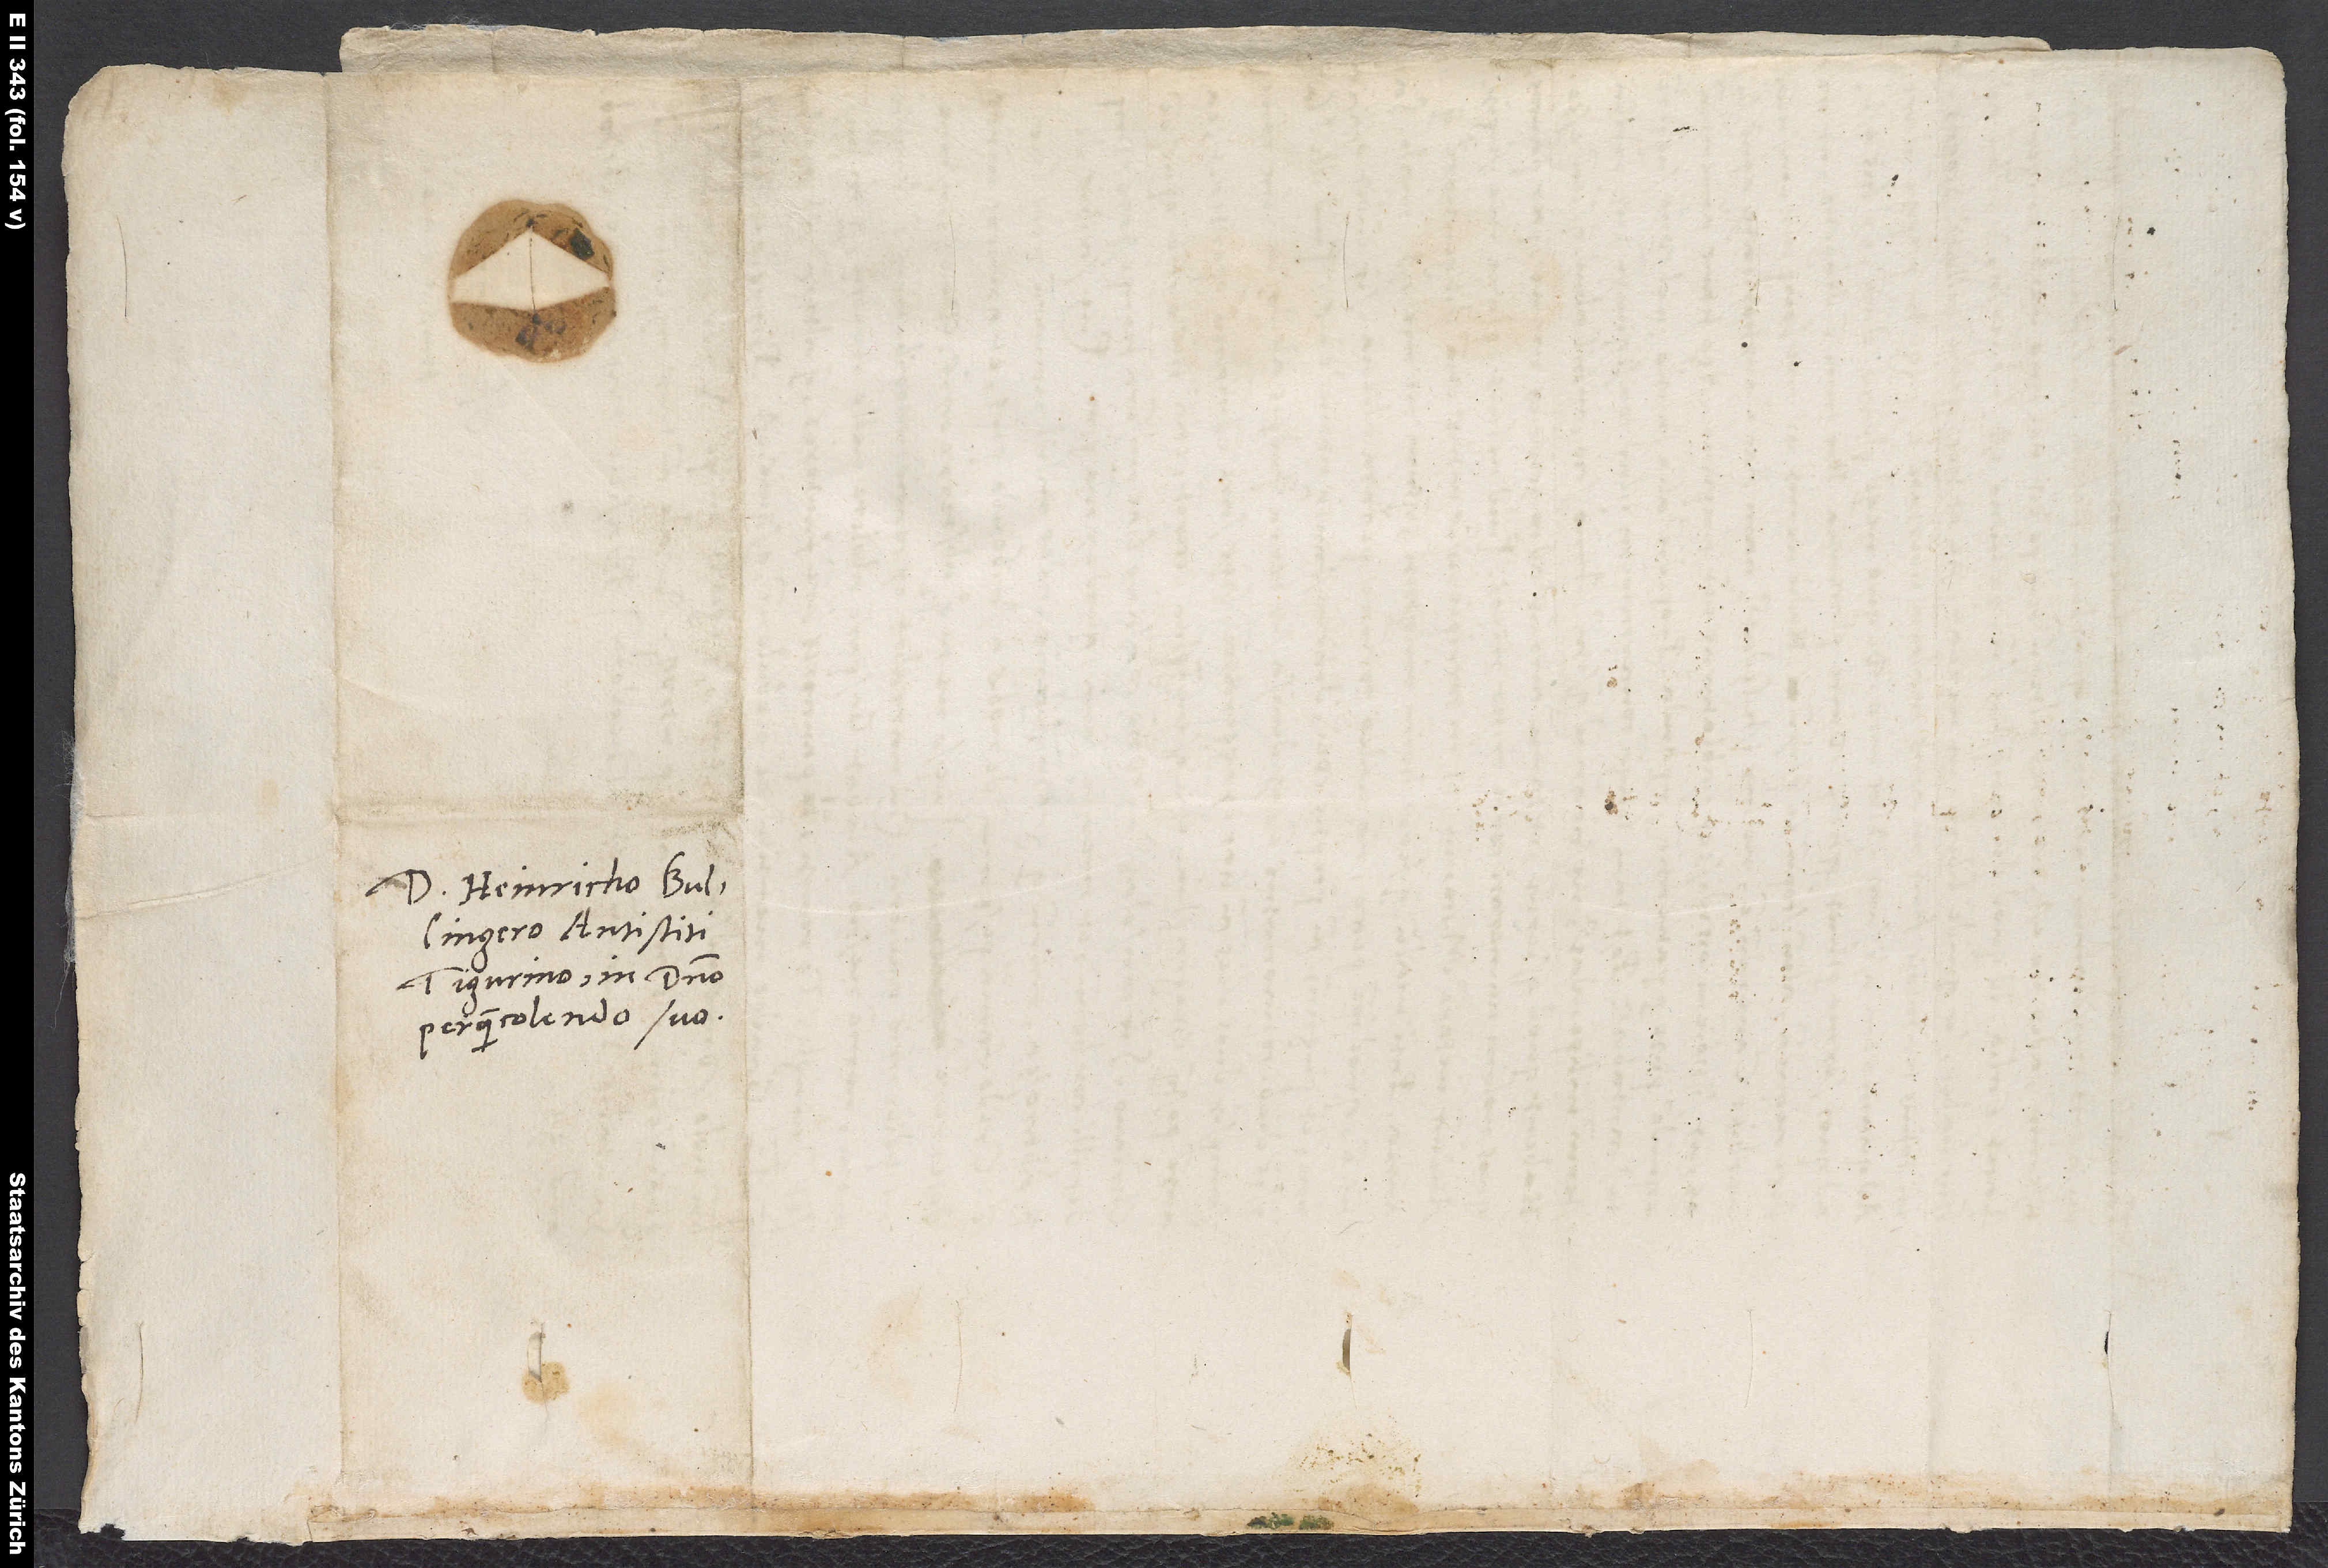
Domino Heinricho Bullingero,
Tigurino, in domino
perquam colendo suo.